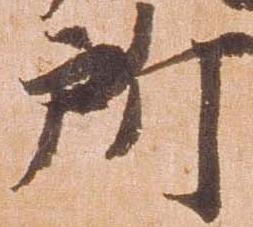
所